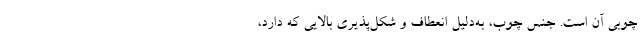
چوبی آن است. جنس چوب، به‌دلیل انعطاف و شکل‌پذیری بالایی که دارد،